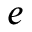
e